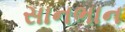
સાનભાન